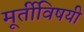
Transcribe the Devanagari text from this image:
मूर्तीविषयी